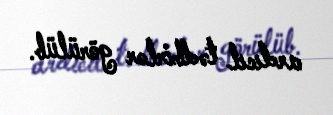
ardıcıl tədbirlər görülüb.